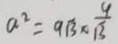
a ^ { 2 } = 9 \sqrt { 3 } \times \frac { 9 } { \sqrt { 3 } }